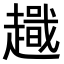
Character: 𧽫